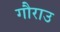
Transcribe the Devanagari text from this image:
गौराउ